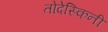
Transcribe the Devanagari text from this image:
तोदेस्किनी